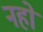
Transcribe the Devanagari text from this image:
नहो